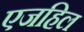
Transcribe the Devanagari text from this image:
एजहिल